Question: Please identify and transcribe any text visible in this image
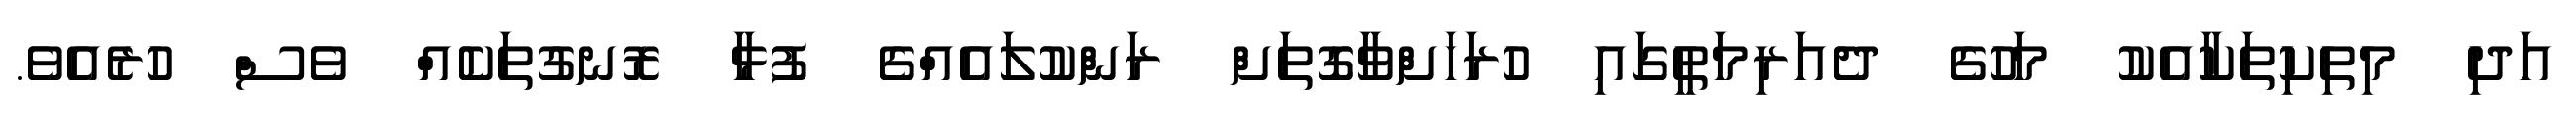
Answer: އަދި މިތިކިތަކާއެކު މަހުގެ ދެއަރިމަތީގައި ހުރަހަށްވާގޮތަށް ރަންކުލައެއްގެ ފުޅާ ރޮނގުތަކެއް ވެސް ހުރެއެވެ.